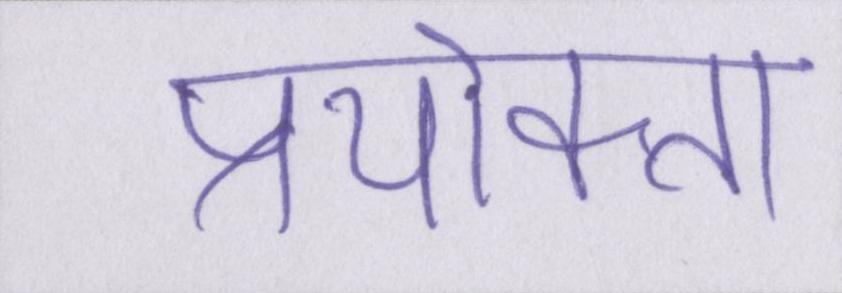
प्रयोक्ता